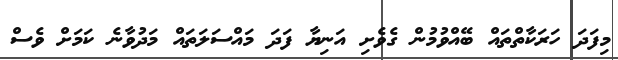
މިފަދަ ހަރަކާތްތައް ބޭއްވުމުން ގެވެށި އަނިޔާ ފަދަ މައްސަލަތައް މަދުވާނެ ކަމަށް ވެސް